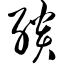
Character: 缋